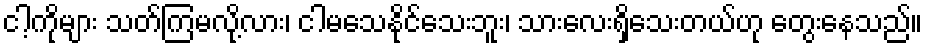
ငါ့ကိုများ သတ်ကြမလို့လား၊ ငါမသေနိုင်သေးဘူး၊ သားလေးရှိသေးတယ်ဟု တွေးနေသည်။